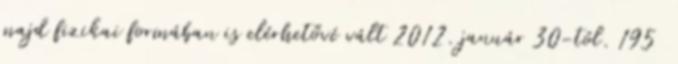
majd fizikai formában is elérhetővé vált 2012. január 30-tól. 195